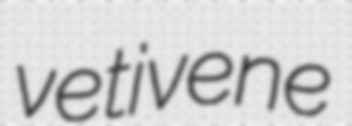
vetivene